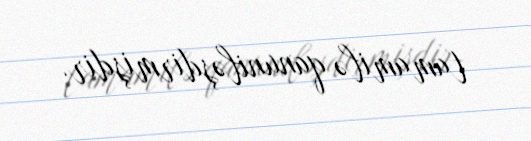
tamamilə qanuniləşdirmişdir.